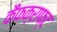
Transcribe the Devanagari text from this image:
कैंफक्राफ्ट